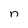
Character: n